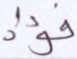
فؤاد